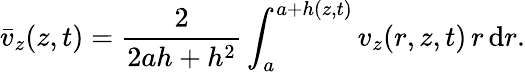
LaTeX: \bar{v}_{z}(z,t)=\frac{2}{2ah+h^{2}}\int_{a}^{a+h(z,t)}v_{z}(r,z,t)\, r\, \mathrm{d}r.